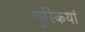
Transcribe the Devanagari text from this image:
चुस्कियां